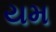
યમ